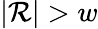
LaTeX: |\mathcal{R}|>w